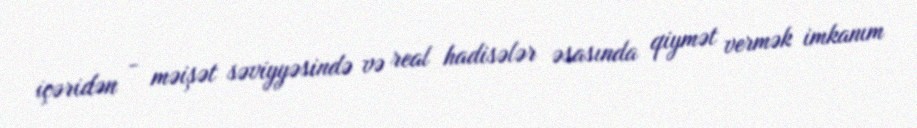
içəridən - məişət səviyyəsində və real hadisələr əsasında qiymət vermək imkanım